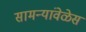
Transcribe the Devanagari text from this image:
सामन्यांवेळेस